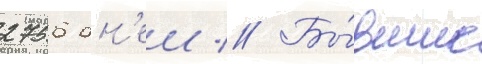
2756 дн'еи // Бы́вшие